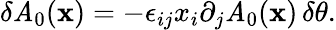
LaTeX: \delta\mathit{A}_{0}({\mathbf{x}})=-\epsilon_{ij}x_{i}\partial_{j}\mathit{A}_{0}({\mathbf{x}})\, \delta\theta.